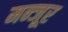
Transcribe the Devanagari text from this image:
मन्जूर